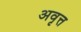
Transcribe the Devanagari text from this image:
अवृत्त